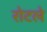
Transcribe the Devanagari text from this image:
रोटले